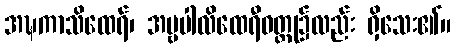
အဍ္ဎကာသိထေရ်၊ အမ္ဗပါလိထေရီဝတ္ထု၌လည်း ရှိသေး၏။